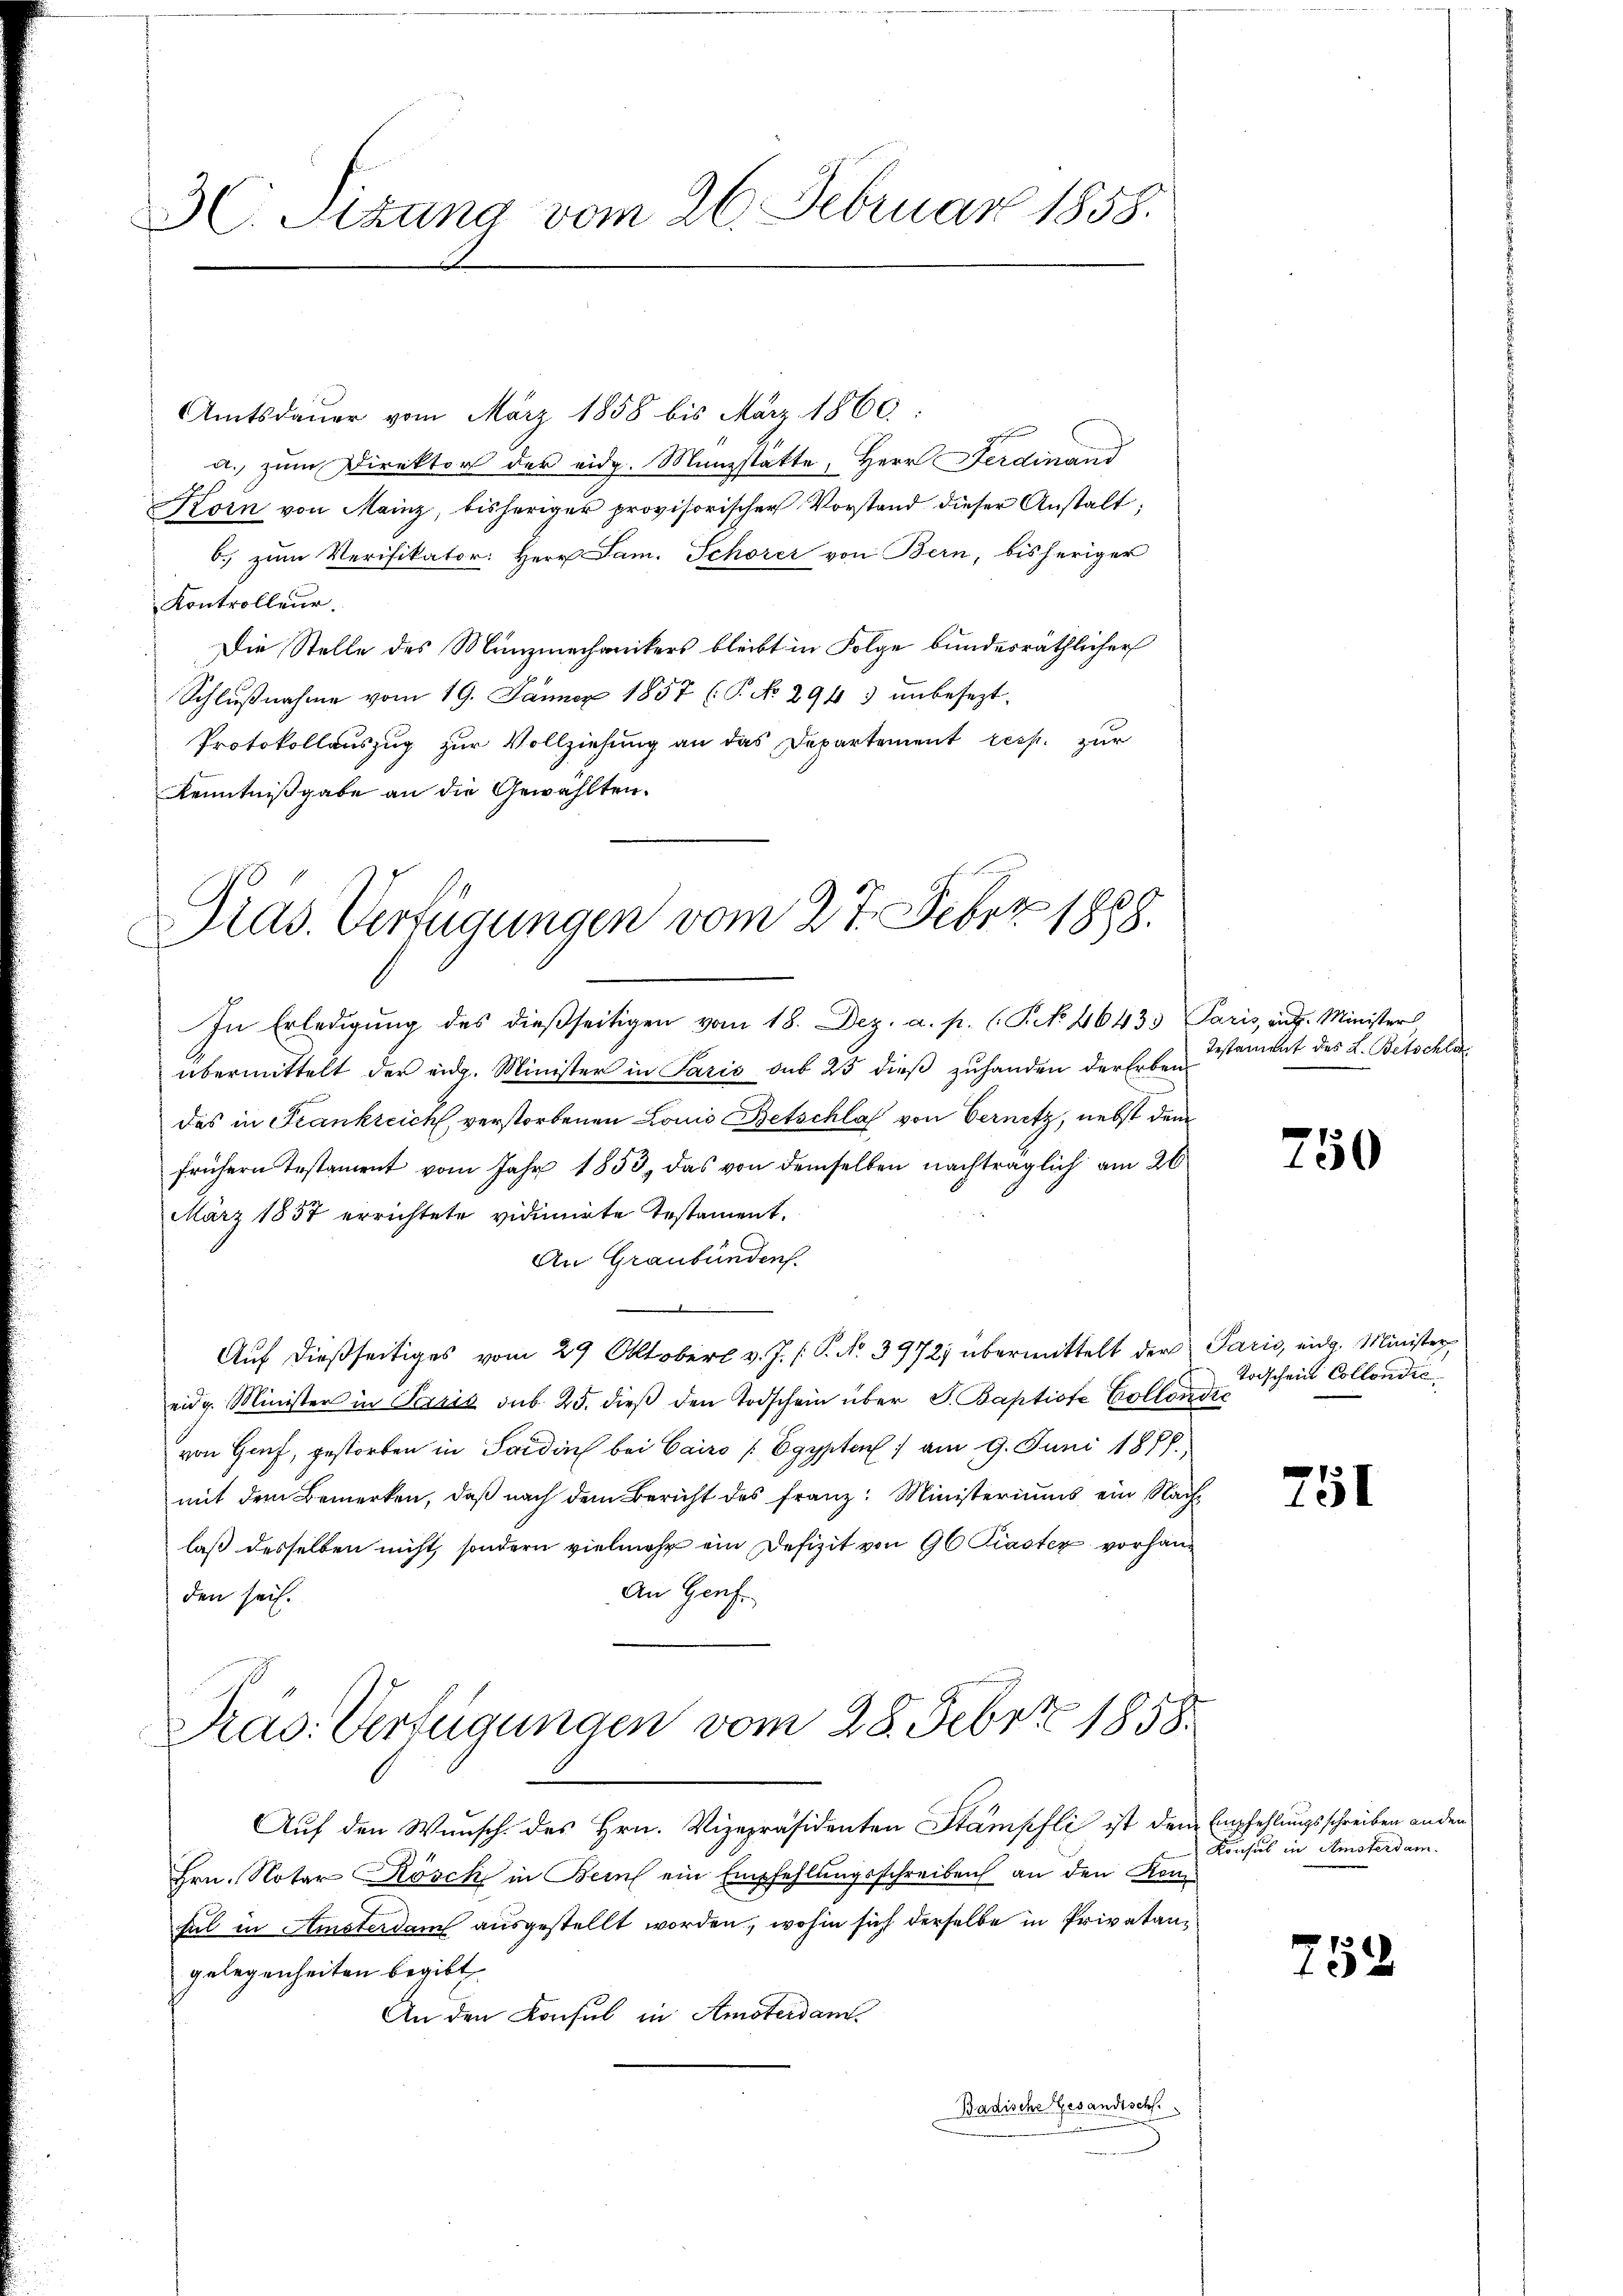
3C. Sitzung vom 26. Februar 1858.

Amtsdauer vom März 1858 bis März 1860:
a. zum Direktor der eidg. Münzstätte, Herr Ferdinand
Korn von Mainz, bisheriger provisorischer Vorstand dieser Anstalt;
b. zum Verifikator: Herr Jam. Schorer von Bern, bisheriger
Kontrolleur.
Die Stelle des Münzmechanikers bleibt in Folge bundesräthlicher
Schlußnahme vom 19. Januar 1857 (P No 2943 unbesezt.
Protokollauszug zur Vollziehung an das Departement resp. zur
Kenntnißgabe an die Gewählten.

In Erledigŭng des dießseitigen vom 18. Dez. a. p. (T. No 46433 Paris, auf. Minister
übermittelt der eidg. Minister in Paris sub 25 dieß zuhanden der Erben
das in Frankreich, verstorbenen Louis Betschlaf von Vernitz, nebst dem
frühern Testament vom Jahr 1853, das von demselben nachträglich am 26
März 1857 errichtete vidimirte Testament.
An Graubünden.
Auf dießseitiges vom 29 Oktober v. J. /. P. No. 3972) übermittelt der Paris, eidg. Minister
eidg. Minister in Tessis sub. 25. dieβ den Todschein über S. Baptiste Collender
von Genf, gestorben in Sardin bei Cairo / Egypten / am 9. Juni 1888.
mit dem Bemerken, daß nach dem Bericht des Franz: Ministeriums ein Nachlaß desselben nicht, sondern vielmehr ein Defizit von 90 Riaster vorhan¬
An Heuf
den sei.
Pras: Verfügungen vom 28. Febr. 1858.

S
Präs. Verfügungen vom 27. Febr. 1888.

Auf den Wunsch. des Hrn. Vizepräsidenten Stämpfli ist dem Empfehlungsschreiben ander
Hrn. Notar Kösch in Bern ein Empfehlungsschreiben an den Ken¬
Ful in Amsterdam ausgestellt worden, wohin sich derselbe in Privatangelegenheiten begibt
An den Konsul in Amsterdam
Badische Gesandtsch

Testament des L. Betschla

750

Todschein Collondie

751

Konsul in Amsterdam.

752